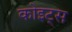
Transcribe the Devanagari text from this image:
कोइट्स